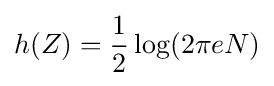
h(Z)={\frac {1}{2}}\log(2\pi eN)\,\!